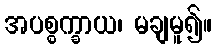
အပစ္စက္ခာယ၊ မချမူ၍။